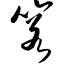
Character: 箬